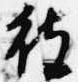
被